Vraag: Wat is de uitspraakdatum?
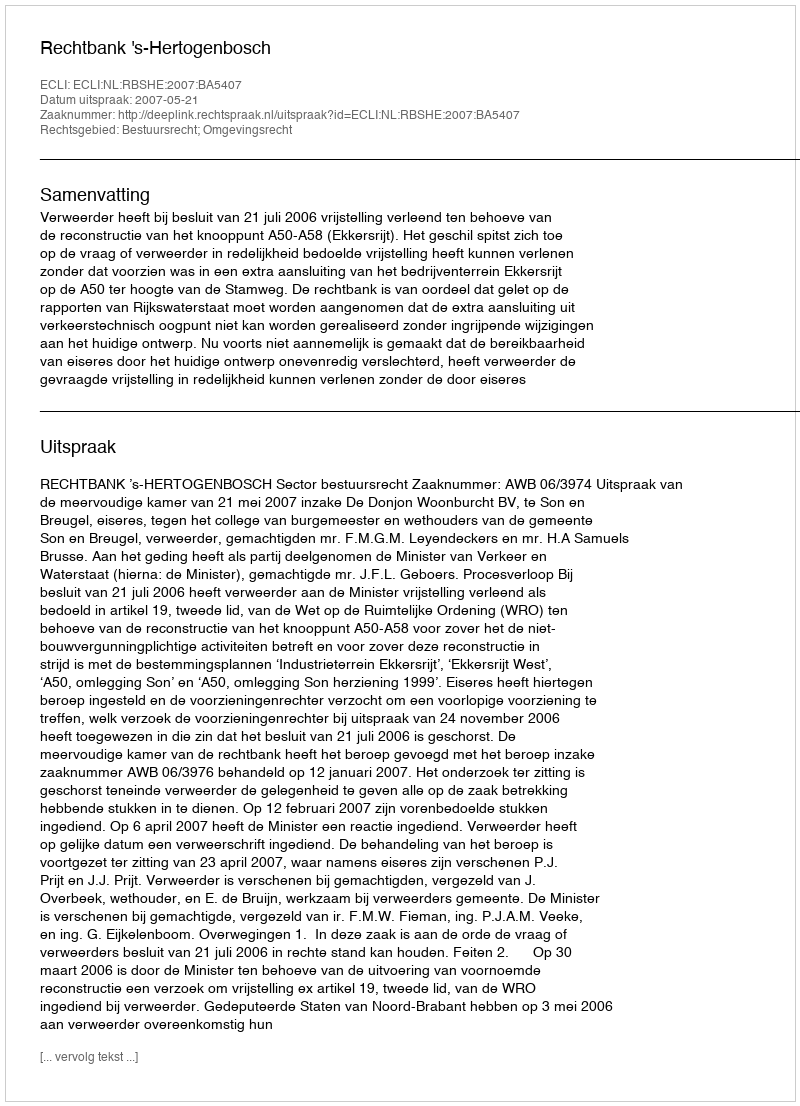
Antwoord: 2007-05-21